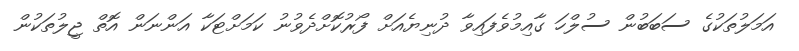
އަމަލުތަކުގެ ސަބަބުން ސުލްހަ ގާއިމުވެފައިވާ ދުނިޔެއަށް ފޯރުކޮށްދެވުނު ކަމަށްޓަކާ އަންނަން އޮތް ޖީލުތަކުން